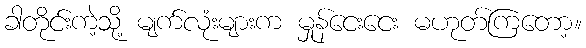
ခါတိုင်းကဲ့သို့ မျက်လုံးများက မှုန်ငေးငေး မဟုတ်ကြတော့။